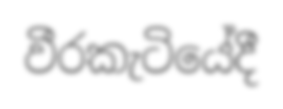
වීරකැටියේදී